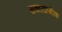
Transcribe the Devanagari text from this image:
सकारात्मीक